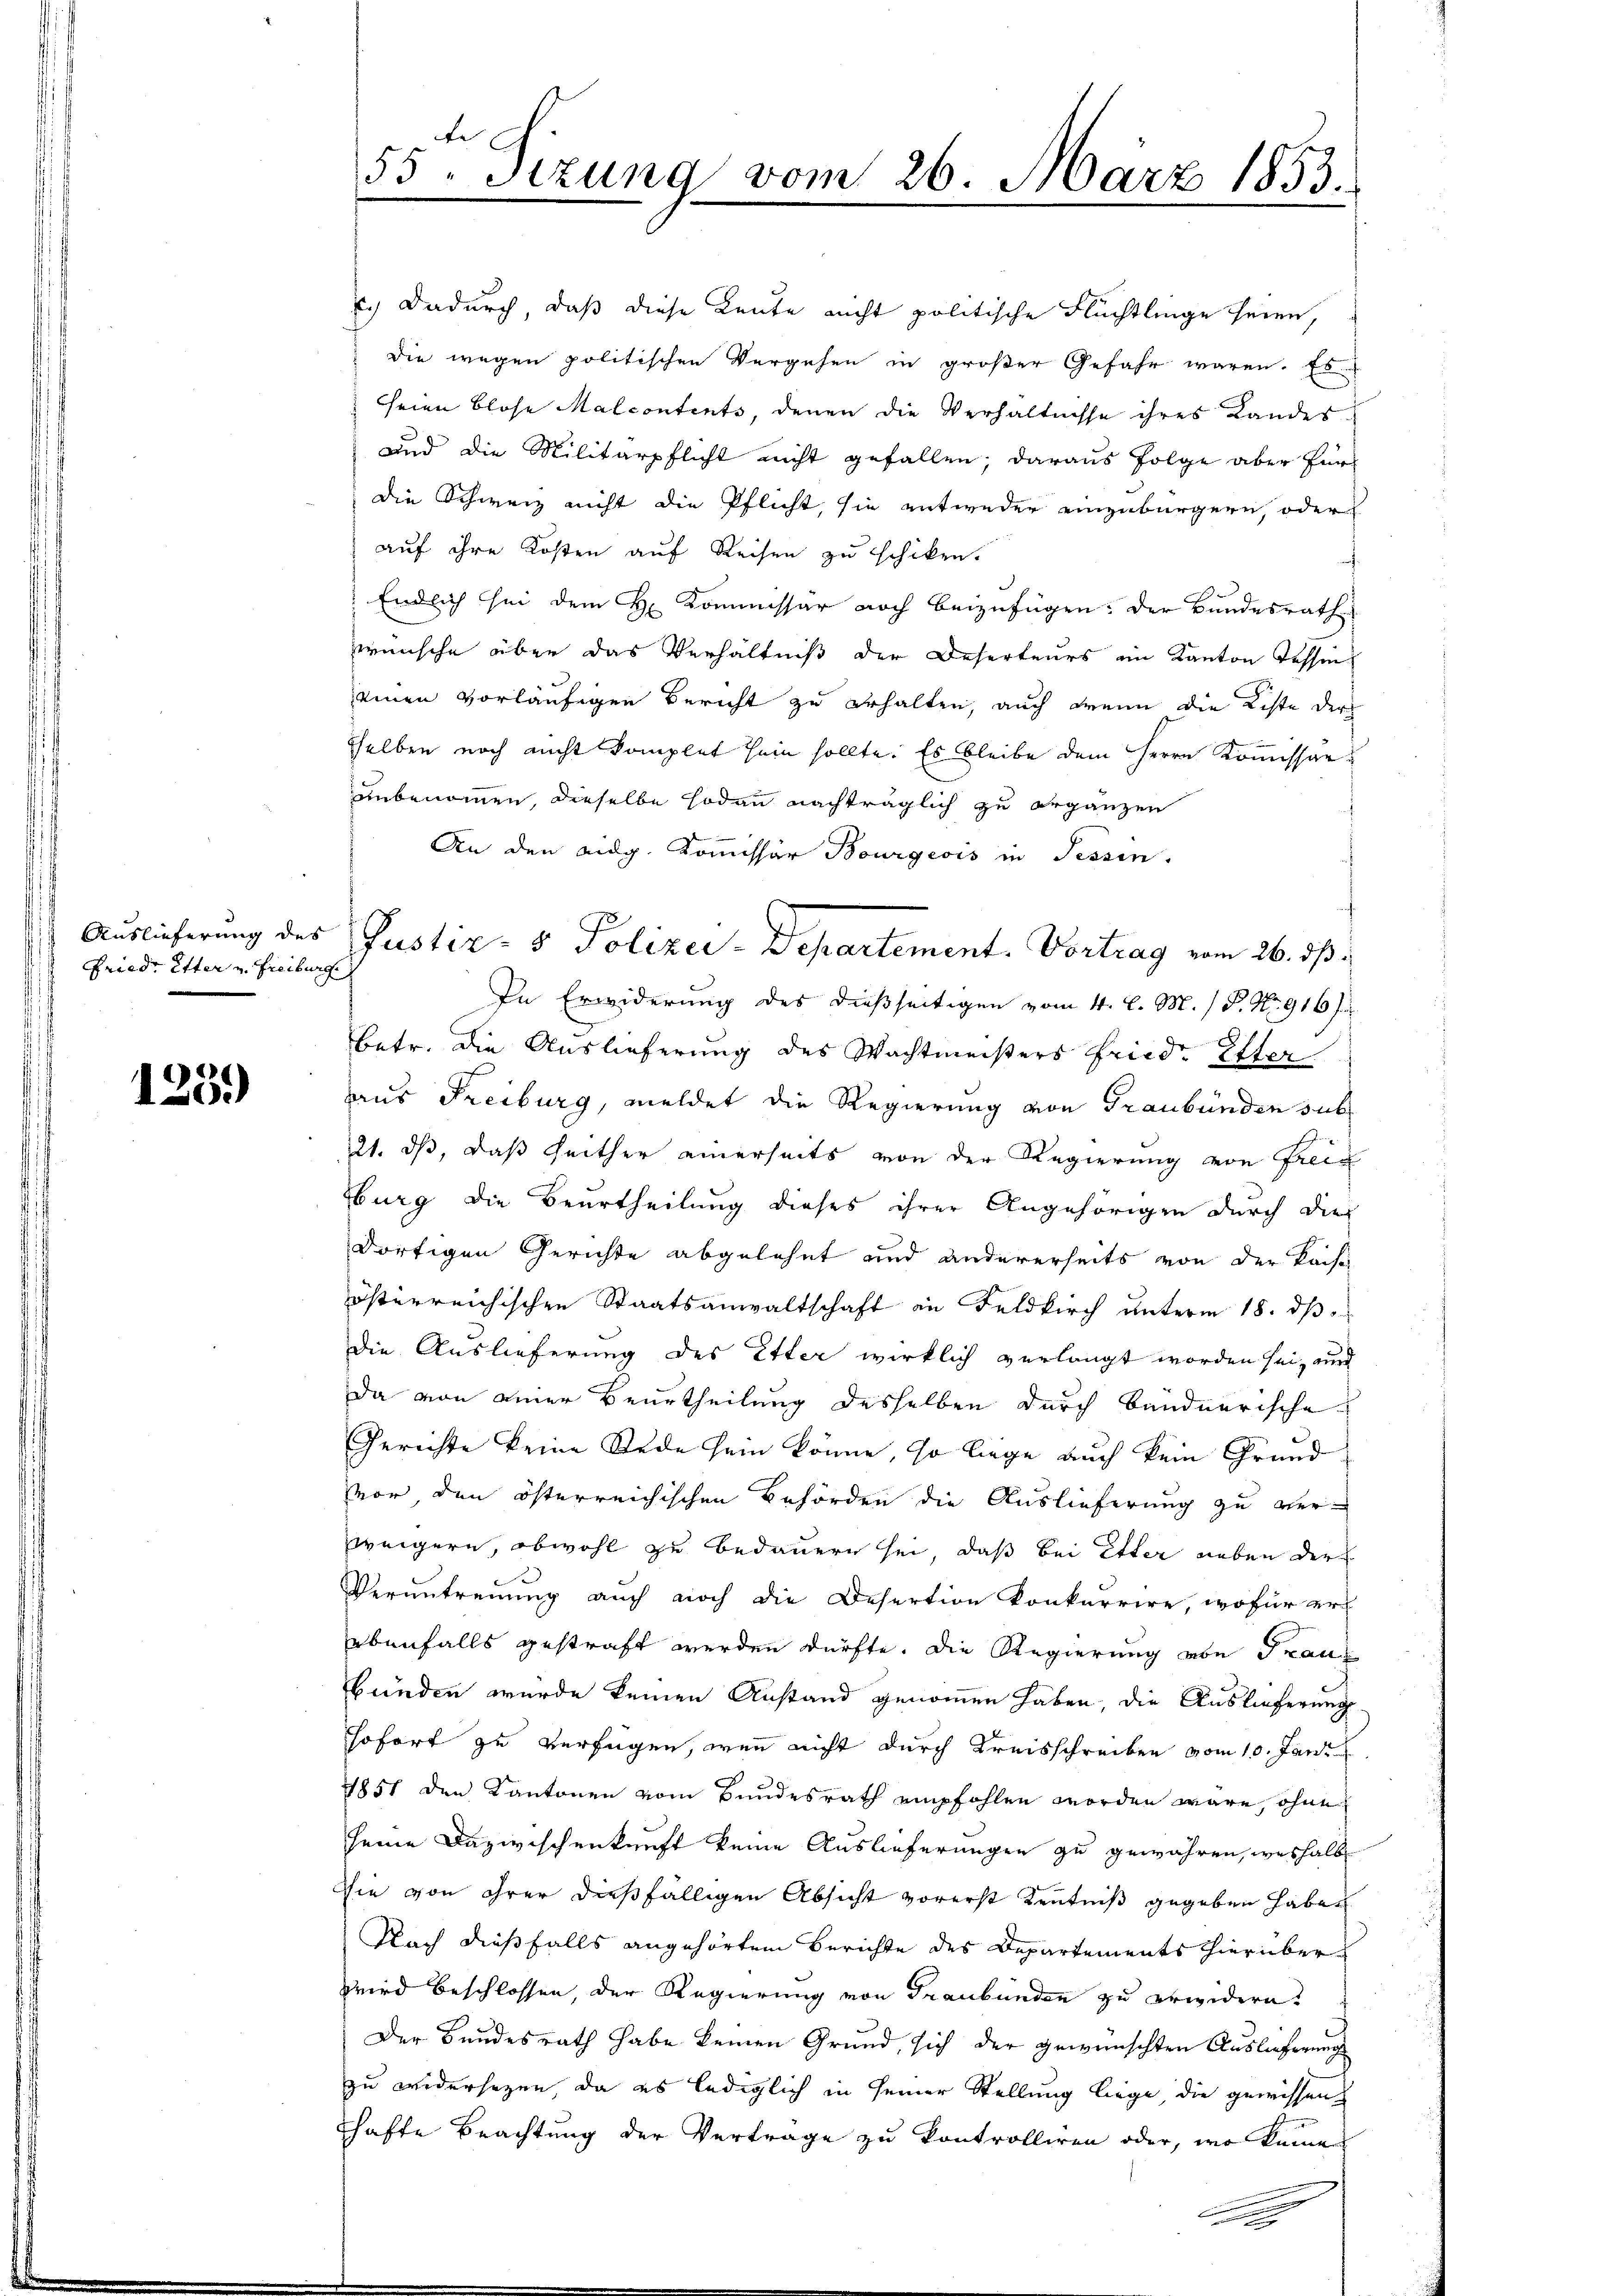
Fried. Etter u. Freiburg

125.)

te
55. Dezung vom 26. März 1853.

Auslieferung des Justiz- & Polizei-Departement. Vortrag vom 26. ds.

c.) Dadurch, daß diese Leute nicht politische Flüchtlinge seien,
die wegen politischen Vergehen in großer Gefahr waren. Es
seien blose Malcontents, denen die Verhältnisse ihres Landes¬
und die Militärpflicht nicht gefallen; daraus folge aber für
die Schweiz nicht die Pflicht, sie entweder einzubürgern, oder
auf ihre Kosten auf Reisen zu schiken.
Endlich sei dem H. Kommissar noch beizufügen: der Bundesrath
wünsche über das Verhältniß der Deserteurs im Kanton Tessin
seinen vorläufigen Bericht zu erhalten, auch wenn die Kiste der
sselben noch nicht komplet sein sollte. Es bleibe dem Herrn Kommissärunbenommen, dieselbe sodann nachträglich zu ergänzen
An den eidg. Kommissär Bourgeois in Tessin.
In Erwiderung des dießseitigen vom 4. l. M. / P. Nr. 916 J
betr. die Auslieferung des Wachtmeisters Friede Elter
aaus Freiburg, meldet die Regierung von Graubünden sub
221. ds, daß seither einerseits von der Regierung von Freiz
zburg die Beurtheilung dieses ihrer Angehörigen durch die
dortigen Gerichte abgelehnt und andererseits von der Kache
österreichischen Staatsanwaltschaft in Feldkirch unterm 18. ds
die Auslieferung des Etter wirklich verlangt worden sei, und
da von einer Beurtheilung desselben durch bandnerische
Gerichte keine Rede sein könne, so liege auch kein Grundvor, den österreichischen Behörden die Auslieferung zu verweigern, obwohl zu bedauern sei, daß bei Etter neben der
Verŭntreṅŭng aŭch noch die Desertion konkurrire, wofür er
ebenfalls gestraft werden dürfte. Die Regierung von Frau
bünden wurde keinen Anstand genommen haben, die Auslieferung
sofort zu verfügen, wenn nicht durch Kreisschreiben vom 10. Jani
1851 den Kantonen vom Bundesrath empfohlen worden wäre, ohne
seine Dazwischenkunft keine Auslieferungen zu gewähren, weshalb
Die von ihrer dießfälligen Absicht vorerst Kenntniß gegeben haben
Nach diesfalls angehörtem Berichte des Departements hierüber
Wird beschlossen, der Regierung von Graubünden zu erwidern.
Der Bundesrath habe keinen Grund, sich der gewünschten Auslieferung
zu widersezen, da es lediglich in seiner Stellung liege, die gewissen
chafte Beachtung der Verträge zu kontrolliren oder, wo keine
.